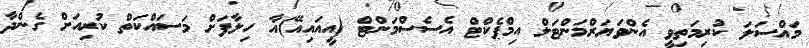
މައްސަލަ ކުރިމަތިވީ އެންވަޔަރްމަންޓަލް އިމްޕެކްޓް އެސެސްމަންޓް (އީއައިއޭ)އާ ހިލާފަށް މަސައްކަތް ކުރިއަށް ގެންދާ